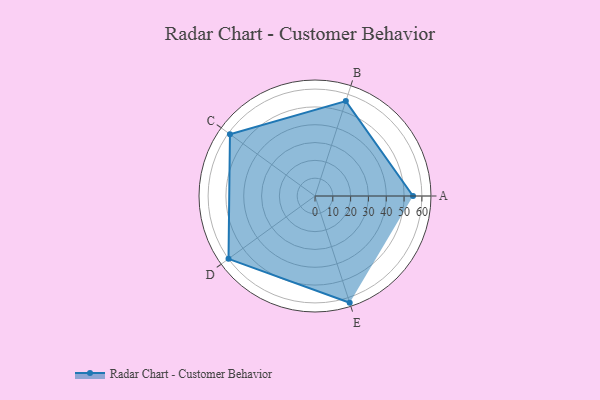
{"axis": {"x": "Skill", "y": "Score"}, "legend": ["Profile"], "data": [{"x": "A", "y": 55.0, "type": "Profile"}, {"x": "B", "y": 56.0, "type": "Profile"}, {"x": "C", "y": 59.0, "type": "Profile"}, {"x": "D", "y": 60.0, "type": "Profile"}, {"x": "E", "y": 63.0, "type": "Profile"}]}